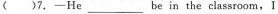
()7.-He ___ be in the classroom, I